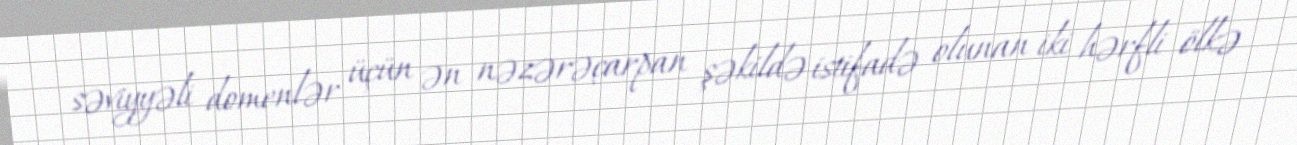
səviyyəli domenlər üçün ən nəzərəçarpan şəkildə istifadə olunan iki hərfli ölkə